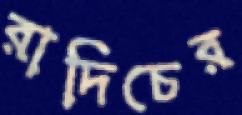
রাদিচের